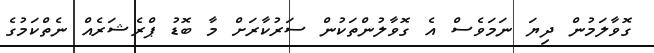
ގޮވާލަމުން ދިޔަ ނަމަވެސް އެ ގޮވާލުންތަކުން ސަރުކާރަށް މާ ބޮޑު ޕްރެޝަރެއް ނެތްކަމުގެ